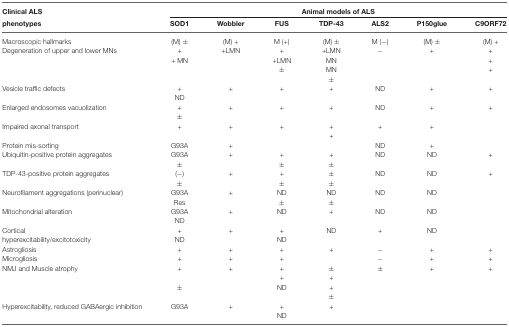
<table><thead><tr><td><b>Clinical ALS</b></td><td colspan="7"><b>Animal models of ALS</b></td></tr><tr><td><b>phenotypes</b></td><td><b>SOD1</b></td><td><b>Wobbler</b></td><td><b>FUS</b></td><td><b>TDP-43</b></td><td><b>ALS2</b></td><td><b>P150glue</b></td><td><b>C9ORF72</b></td></tr></thead><tbody><tr><td>Macroscopic hallmarks</td><td>(M) ±</td><td>(M) +</td><td>M (+)</td><td>(M) ±</td><td>M (−)</td><td>(M) ±</td><td>(M) +</td></tr><tr><td>Degeneration of upper and lower MNs</td><td>+</td><td>+LMN</td><td>+</td><td>+LMN</td><td>−</td><td>+</td><td>+</td></tr><tr><td></td><td>+ MN</td><td></td><td>+LMN</td><td>MN</td><td></td><td></td><td>+</td></tr><tr><td></td><td></td><td></td><td>±</td><td>MN</td><td></td><td></td><td>+</td></tr><tr><td></td><td></td><td></td><td></td><td>±</td><td></td><td></td><td></td></tr><tr><td>Vesicle traffic defects</td><td>+</td><td>+</td><td>+</td><td>+</td><td>ND</td><td>+</td><td>+</td></tr><tr><td></td><td>ND</td><td></td><td></td><td></td><td></td><td></td><td></td></tr><tr><td>Enlarged endosomes vacuolization</td><td>+</td><td>+</td><td>+</td><td>+</td><td>ND</td><td>+</td><td>+</td></tr><tr><td></td><td>±</td><td></td><td></td><td></td><td></td><td></td><td></td></tr><tr><td>Impaired axonal transport</td><td>+</td><td>+</td><td>+</td><td>+</td><td>+</td><td>+</td><td></td></tr><tr><td></td><td></td><td></td><td></td><td>+</td><td></td><td></td><td></td></tr><tr><td>Protein mis-sorting</td><td>G93A</td><td>+</td><td></td><td></td><td>ND</td><td>+</td><td></td></tr><tr><td>Ubiquitin-positive protein aggregates</td><td>G93A</td><td>+</td><td>+</td><td>+</td><td>ND</td><td>ND</td><td>+</td></tr><tr><td></td><td>±</td><td></td><td>±</td><td>±</td><td></td><td></td><td></td></tr><tr><td>TDP-43-positive protein aggregates</td><td>(−)</td><td>+</td><td>+</td><td>±</td><td>ND</td><td>ND</td><td>+</td></tr><tr><td></td><td>±</td><td></td><td>±</td><td>±</td><td></td><td></td><td></td></tr><tr><td>Neurofilament aggregations (perinuclear)</td><td>G93A</td><td>+</td><td>ND</td><td>ND</td><td>ND</td><td>ND</td><td></td></tr><tr><td></td><td>Res</td><td></td><td>±</td><td>±</td><td></td><td></td><td></td></tr><tr><td>Mitochondrial alteration</td><td>G93A</td><td>+</td><td>ND</td><td>+</td><td>ND</td><td>ND</td><td></td></tr><tr><td></td><td>ND</td><td></td><td></td><td></td><td></td><td></td><td></td></tr><tr><td>Cortical</td><td>+</td><td>+</td><td>+</td><td>ND</td><td>+</td><td>ND</td><td></td></tr><tr><td>hyperexcitability/excitotoxicity</td><td>ND</td><td></td><td>ND</td><td></td><td></td><td></td><td></td></tr><tr><td>Astrogliosis</td><td>+</td><td>+</td><td>+</td><td>+</td><td>−</td><td>+</td><td>+</td></tr><tr><td>Microgliosis</td><td>+</td><td>+</td><td>+</td><td></td><td>−</td><td>+</td><td>+</td></tr><tr><td>NMJ and Muscle atrophy</td><td>+</td><td>+</td><td>+</td><td>±</td><td>±</td><td>+</td><td>+</td></tr><tr><td></td><td></td><td></td><td>+</td><td>+</td><td></td><td></td><td></td></tr><tr><td></td><td>±</td><td></td><td>ND</td><td>+</td><td></td><td></td><td></td></tr><tr><td></td><td></td><td></td><td></td><td>±</td><td></td><td></td><td></td></tr><tr><td>Hyperexcitability, reduced GABAergic inhibition</td><td>G93A</td><td>+</td><td>+</td><td>+</td><td></td><td></td><td></td></tr><tr><td></td><td></td><td></td><td>ND</td></tr></tbody></table>